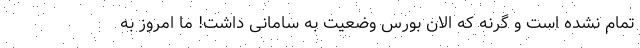
تمام نشده است و گرنه که الان بورس وضعیت به سامانی داشت! ما امروز به